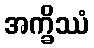
အက္ခိဿံ